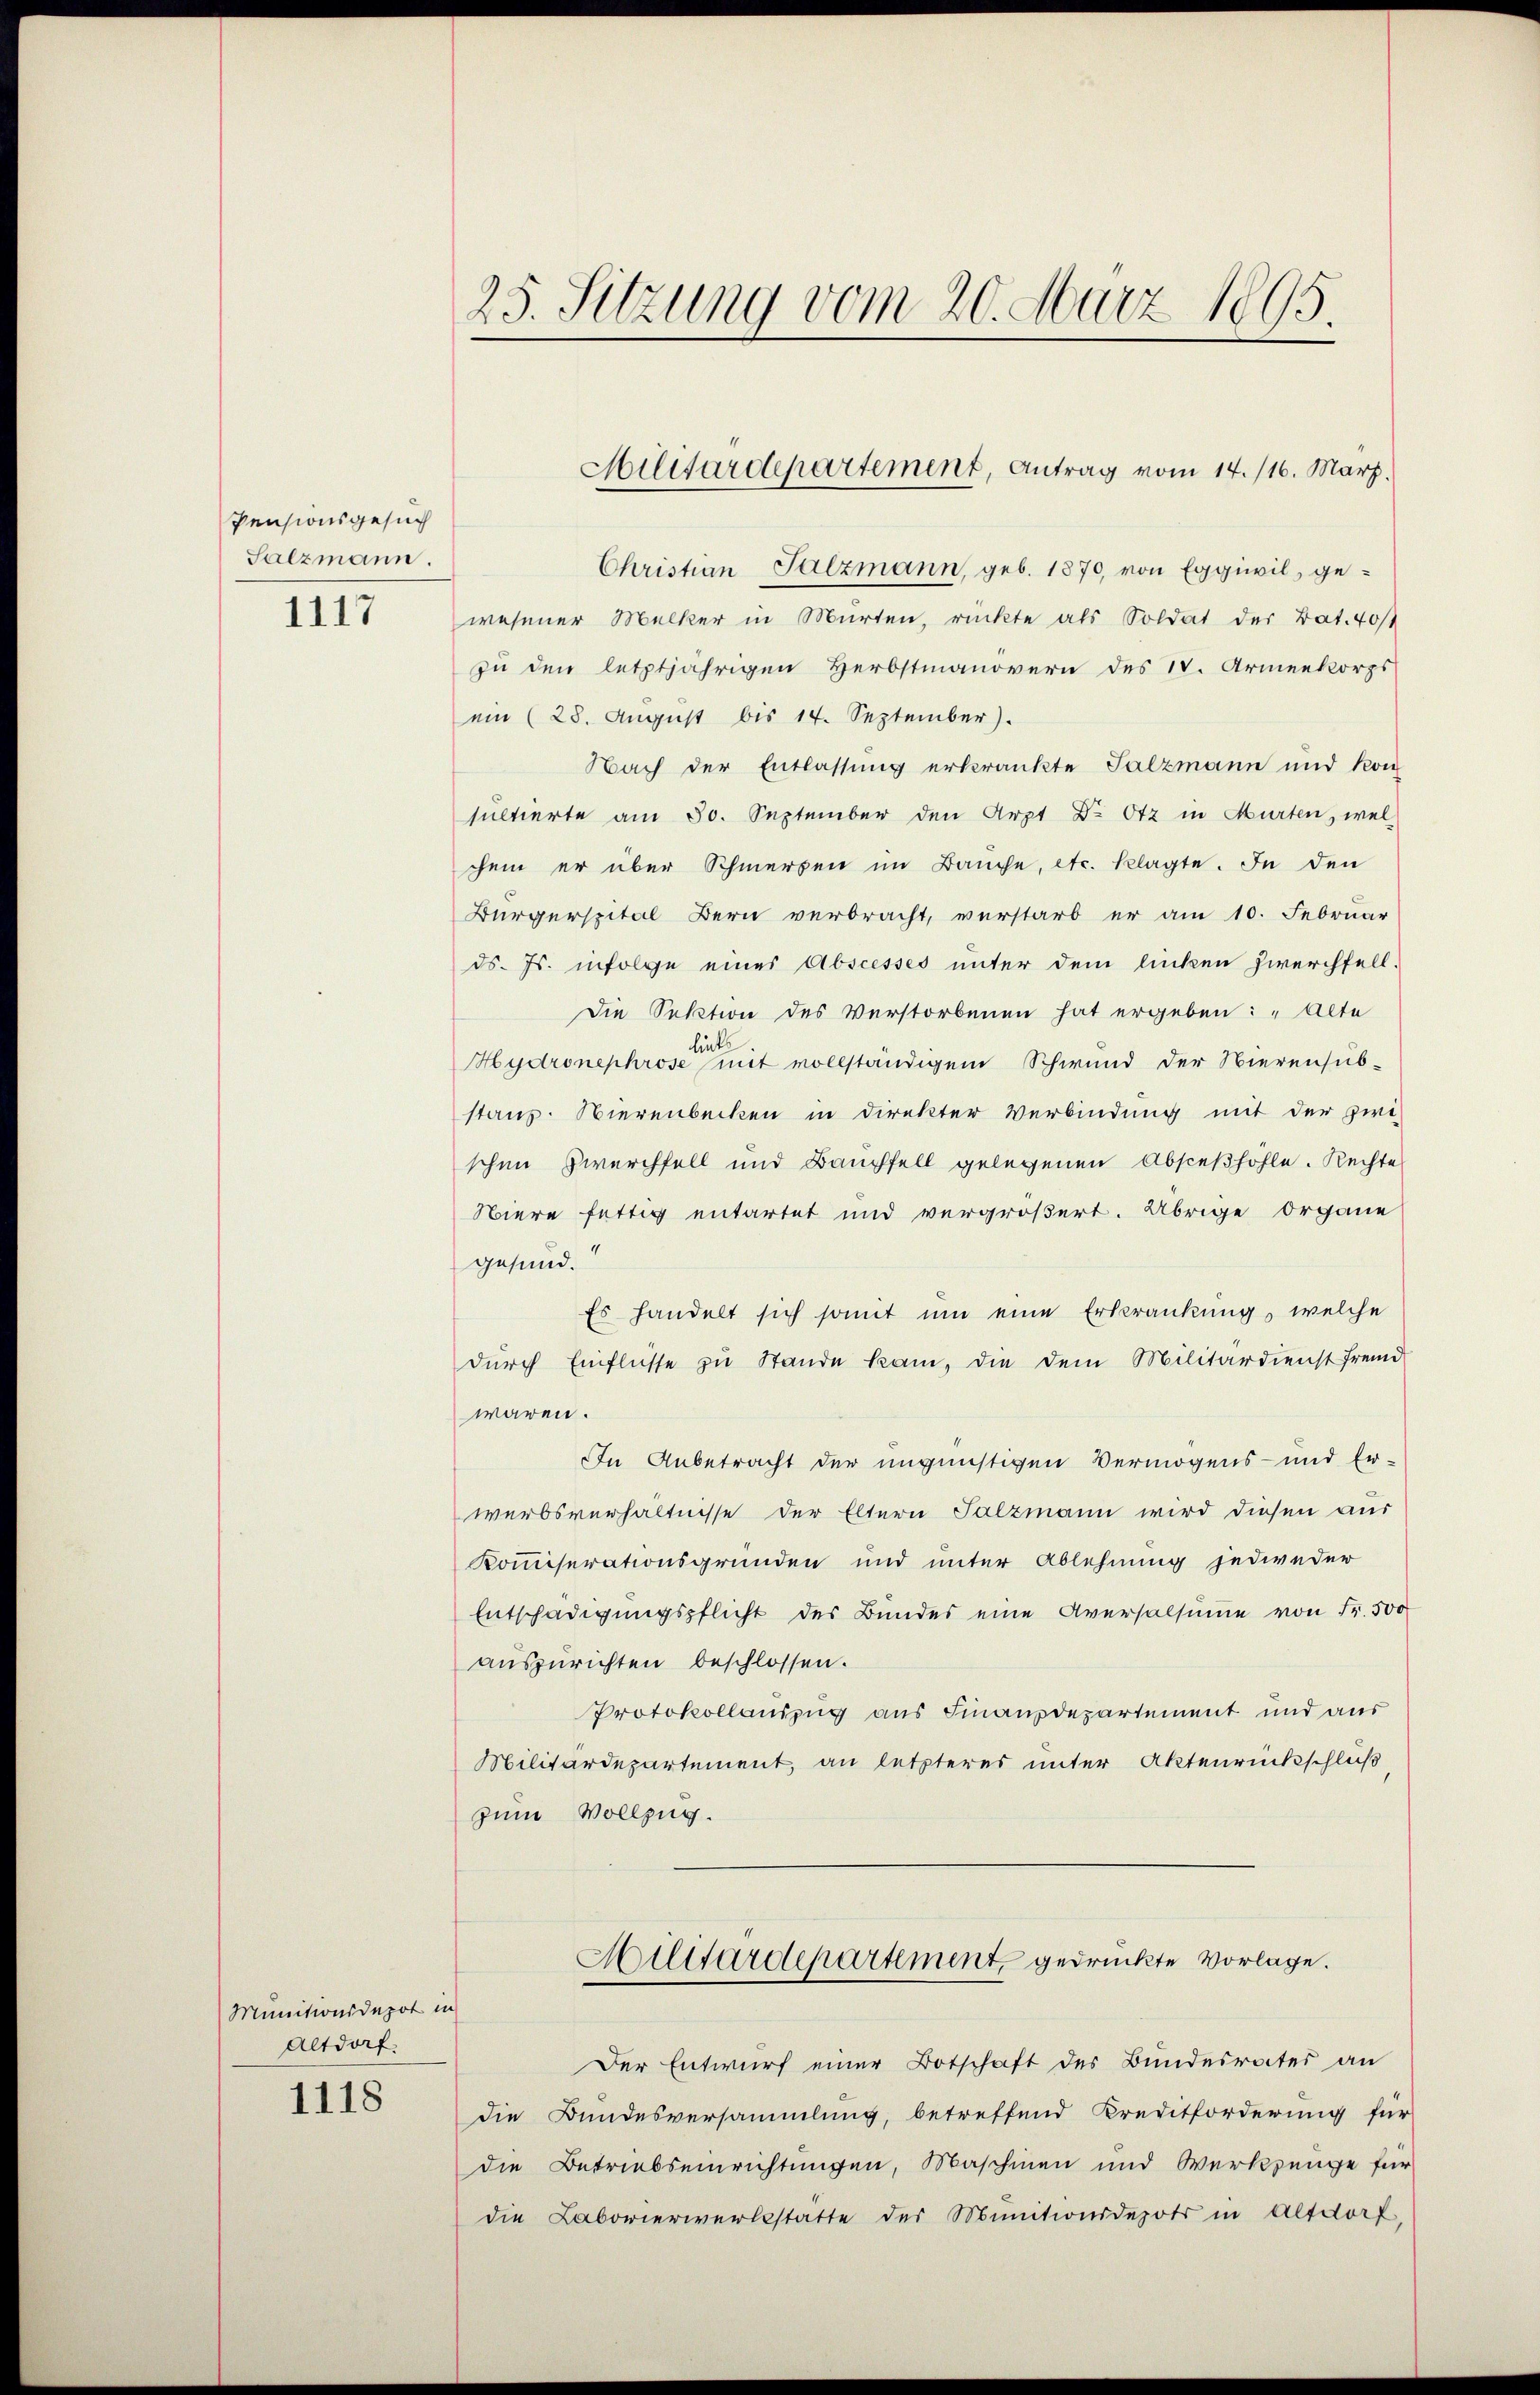
Pensionsgesuch
Salzmann.

1117

Munitionsdepot in
Altdorf

1118

Christian Salzmann, geb. 1870, von Eggiwil, gewesener Melker in Murten, rückte als Soldat der Bat. 40st
zu den letztjährigen Herbstmanovern des IV. Armeekorps
emn (28. August bis 14. September).
Nach der Entlassung erkränkte Salzmann und kon
sultierte am 30. September den Arzt Dr. Otz in Murten, welchem er über Schmerzen im Bauche, etc. klagte. In den
Bürgerspital Bern verbracht, verstarb er am 10. Februar
ds. Js. infolge eines Abscesses unter dem linken Zwerchfell-
Die Sektion des Verstorbenen hat ergeben: „Alte
lincke
Hydronephrose mit vollständigem Schwund der Nierensub-
stanz: Nierenbecken in Direkter Verbindung mit der zwi-
schen Zwerchfall und Bauchfell gelegenen Absceßhohle. Rechte
Niere fettig entartet und vergrößert. Übrige Organe
gesund.
Es handelt sich somit um eine Erkrankung, welche
dŭrch Einflüsse zu Stande kam, die dem Militärdienst fremd
waren.
In Anbetracht der ungünstigen Vermögens- und Er-
werbsverhältnisse der Eltern Salzmann wird diesen aus
Kommiserationsgründen und unter Ablehnung jedweder
Entschädigungspflicht des Bundes eine Aversalsume von Fr. 500
auszurichten beschlossen.
Protokollauszug aus Finanzdepartement und aus
Militärdepartement, an letzteres unter Aktenrückschluß
zum Vollzug.
Hilitärdepartement gedrückte Vorlage.
Der Entwurf einer Botschaft des Bundesrates an
die Bundesversammlung, betreffend Kreditforderung für
die Betriebseinrichtungen, Maschinen und Werkzeuge für
die Laborierwerbsstatte der Munitionsdepots in Altdorf,

25. Sitzung vom 20. März 1895.

Militärdepartement, Antrag vom 14. /16. März.